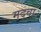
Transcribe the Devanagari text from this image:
मदवा